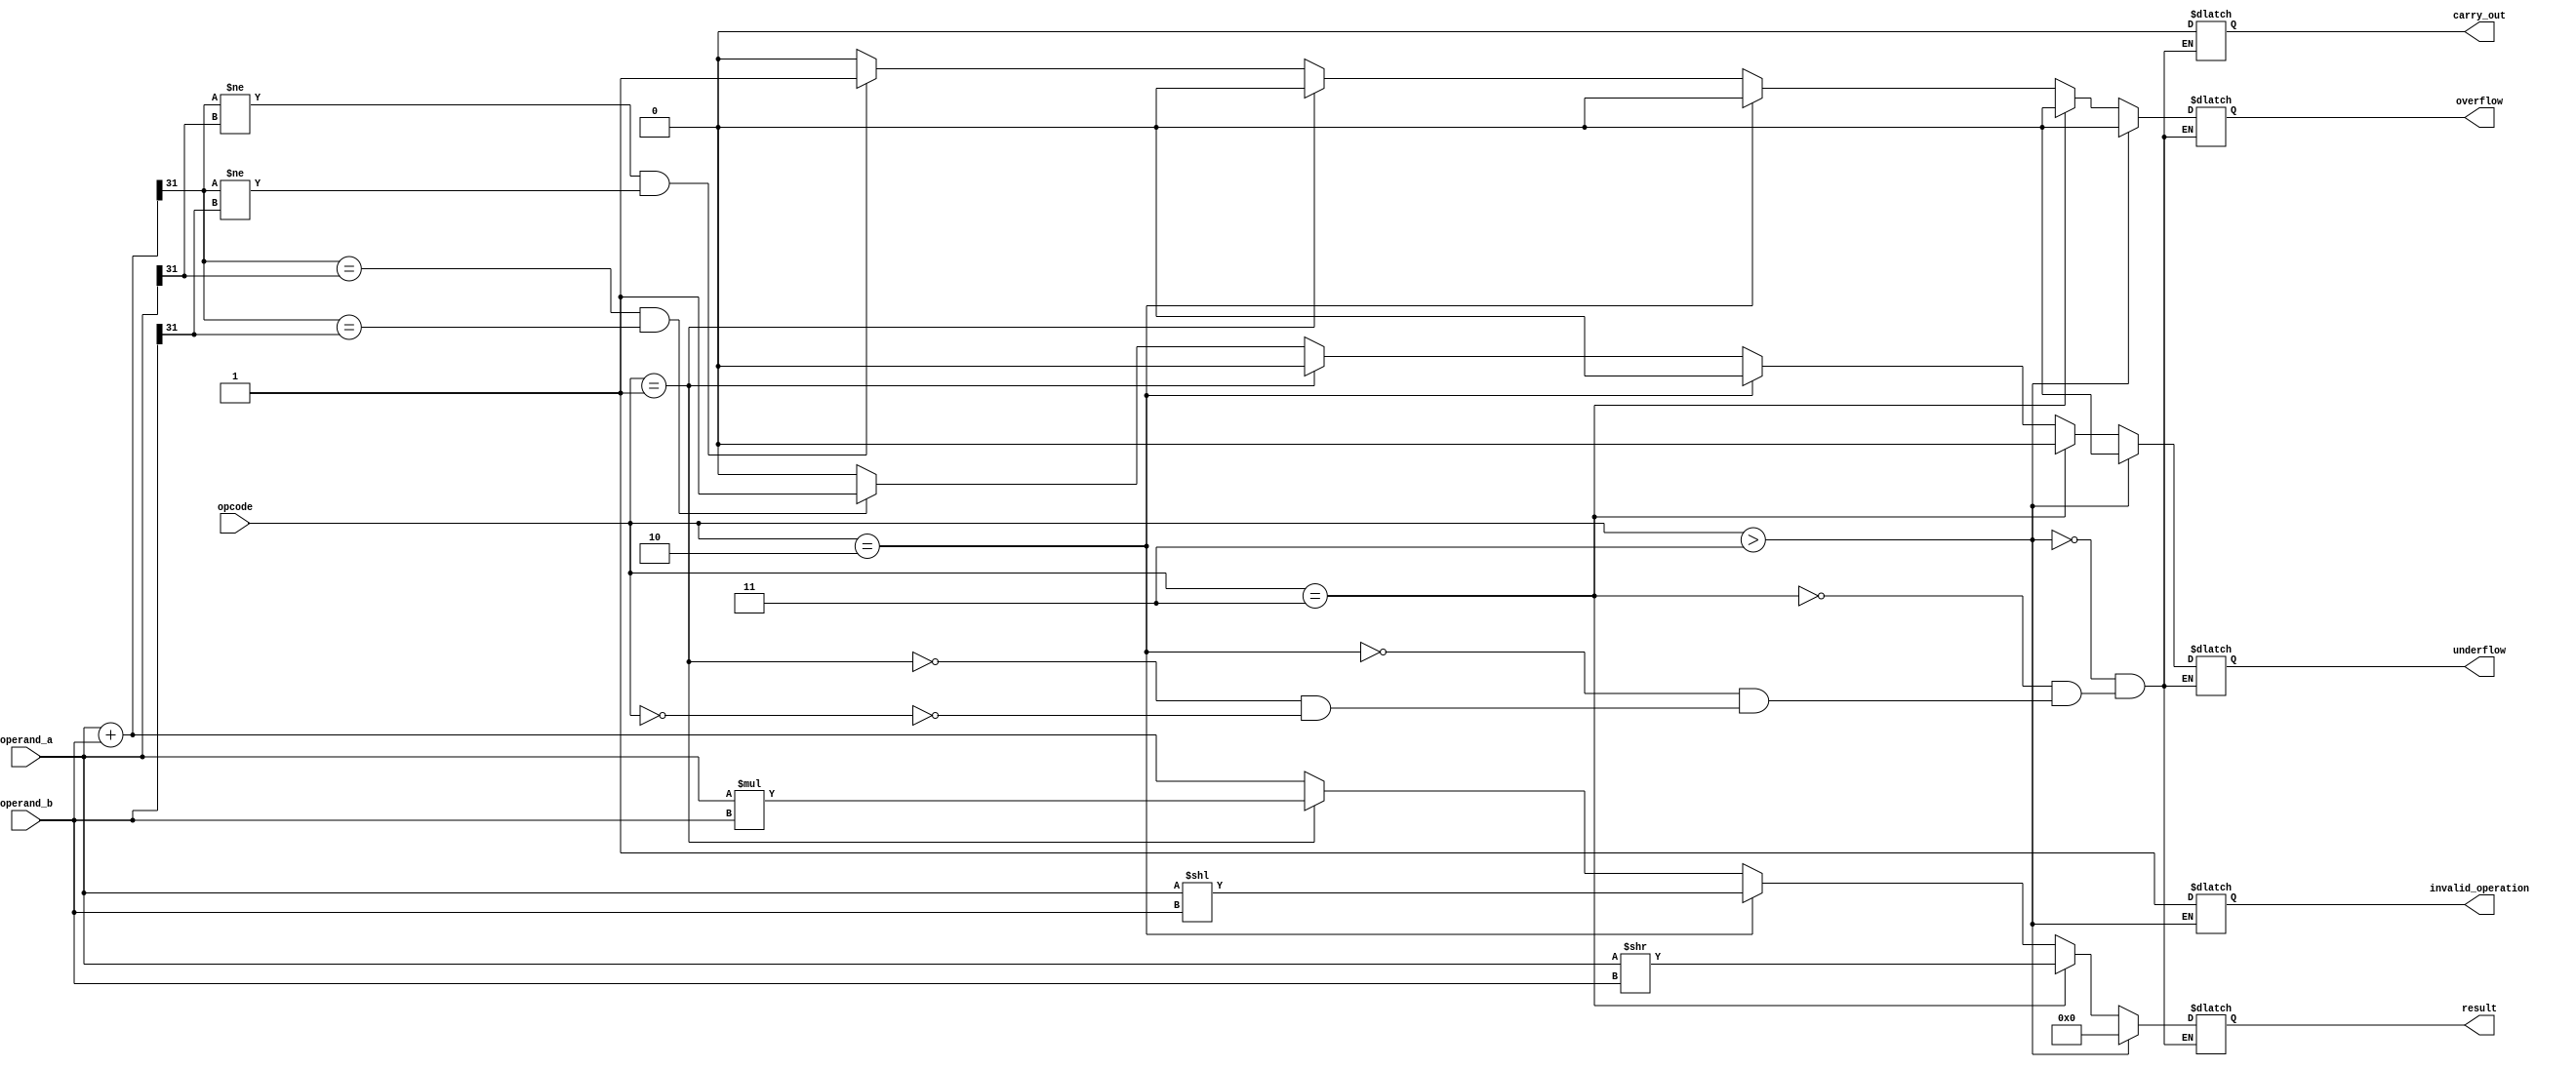
module floating_point_unit (
    input [31:0] operand_a,
    input [31:0] operand_b,
    input [2:0] opcode,
    output reg [31:0] result,
    output reg carry_out,
    output reg overflow,
    output reg underflow,
    output reg invalid_operation
);

reg [31:0] add_result;
reg [31:0] mul_result;
reg [31:0] shift_left_result;
reg [31:0] shift_right_result;

always @ (*) begin
    // Adder
    if (opcode == 3'b000) begin
        add_result = operand_a + operand_b;
        result = add_result;
        
        // Check for carry out
        if (add_result[32] == 1) begin
            carry_out = 1;
        end else begin
            carry_out = 0;
        end
        
        // Check for overflow
        if (add_result[31] != operand_a[31] && add_result[31] != operand_b[31]) begin
            overflow = 1;
        end else begin
            overflow = 0;
        end
        
        // Check for underflow
        if (add_result[31] == operand_a[31] && add_result[31] == operand_b[31]) begin
            underflow = 1;
        end else begin
            underflow = 0;
        end
    end
    
    // Multiplier
    if (opcode == 3'b001) begin
        mul_result = operand_a * operand_b;
        result = mul_result;
        
        // Reset status flags for other operations
        carry_out = 0;
        overflow = 0;
        underflow = 0;
    end
    
    // Left shifter
    if (opcode == 3'b010) begin
        shift_left_result = operand_a << operand_b;
        result = shift_left_result;
        
        // Reset status flags for other operations
        carry_out = 0;
        overflow = 0;
        underflow = 0;
    end
    
    // Right shifter
    if (opcode == 3'b011) begin
        shift_right_result = operand_a >> operand_b;
        result = shift_right_result;
        
        // Reset status flags for other operations
        carry_out = 0;
        overflow = 0;
        underflow = 0;
    end
    
    // Invalid operation
    if (opcode > 3'b011) begin
        result = 32'b0;
        carry_out = 0;
        overflow = 0;
        underflow = 0;
        invalid_operation = 1;
    end
end

endmodule